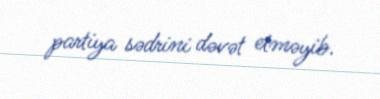
partiya sədrini dəvət etməyib.